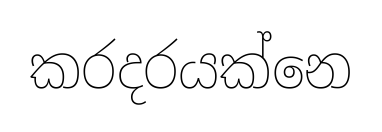
කරදරයක්නෙ